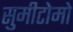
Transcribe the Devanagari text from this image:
सुमीटोमो